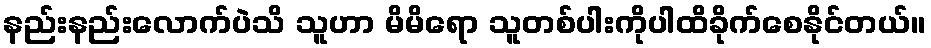
နည်းနည်းလောက်ပဲသိ သူဟာ မိမိရော သူတစ်ပါးကိုပါထိခိုက်စေနိုင်တယ်။